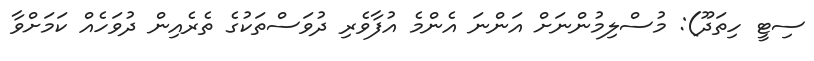
ސިޓީ ހިތަދޫ): މުސްލިމުންނަށް އަންނަ އެންމެ އުފާވެރި ދުވަސްތަކުގެ ތެރެއިން ދުވަހެއް ކަމަށްވާ